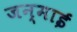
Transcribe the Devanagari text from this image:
जन्माई